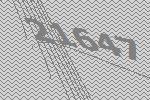
21647